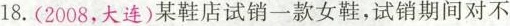
18.(2008，大连)某鞋店试销一款女鞋，试销期间对不